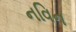
નવિન